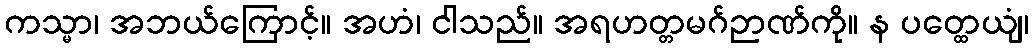
ကသ္မာ၊ အဘယ်ကြောင့်။ အဟံ၊ ငါသည်။ အရဟတ္တမဂ်ဉာဏ်ကို။ န ပတ္ထေယျံ၊